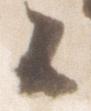
候